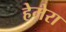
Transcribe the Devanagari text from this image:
हेमेरा